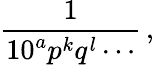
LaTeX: {\frac{1}{10^{a}p^{k}q^{l}\cdots}}\, ,